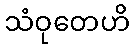
သံဝုတေဟိ